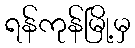
ရန်ကုန်မြို့မှ